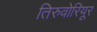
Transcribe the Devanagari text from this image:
तिरुवोरियूर